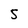
Character: 5